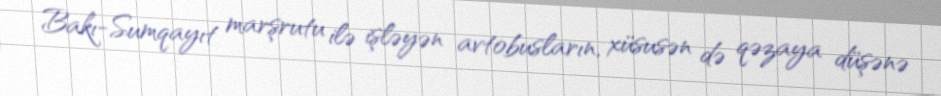
Bakı-Sumqayıt marşrutu ilə işləyən avtobusların, xüsusən də qəzaya düşənə